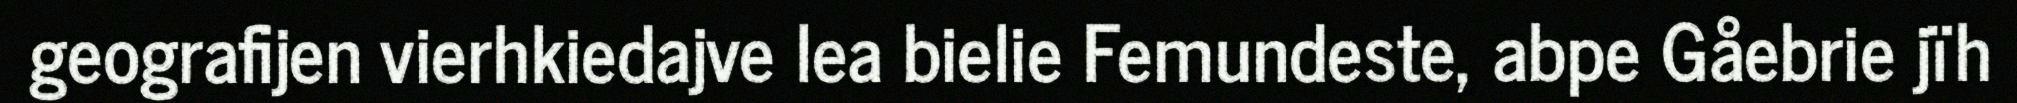
geografijen vierhkiedajve lea bielie Femundeste, abpe Gåebrie jïh